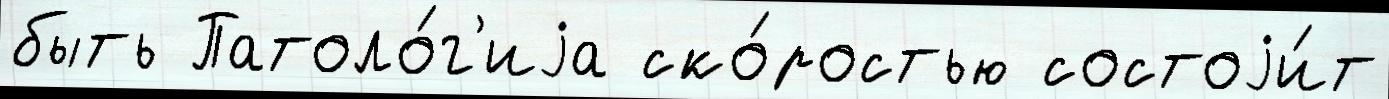
быть Патоло́г'иjа ско́ростью состоjи́т